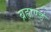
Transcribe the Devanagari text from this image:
ब्रह्राण्ड